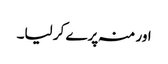
اور منہ پرے کر لیا۔